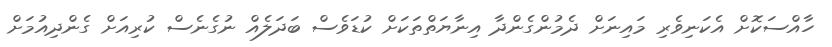
ހާއްސަކޮށް އެކަނިވެރި މައިނަށް ދެމުންގެންދާ އިނާޔަތްތަކަށް ކުޑަވެސް ބަދަލެއް ނުގެނެސް ކުރިއަށް ގެންދިއުމަށް